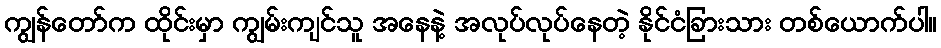
ကျွန်တော်က ထိုင်းမှာ ကျွမ်းကျင်သူ အနေနဲ့ အလုပ်လုပ်နေတဲ့ နိုင်ငံခြားသား တစ်ယောက်ပါ။